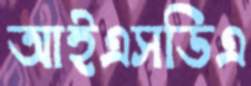
আইএসডিএ